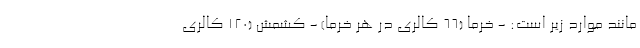
مانند موارد زیر است: - خرما (66 کالری در هر خرما) - کشمش (120 کالری